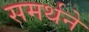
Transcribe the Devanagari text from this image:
समर्थने